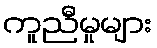
ကူညီမှုများ